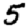
Digit: 5